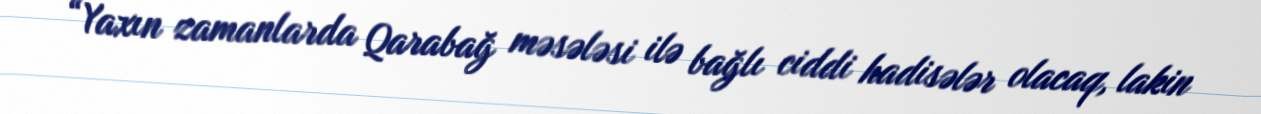
“Yaxın zamanlarda Qarabağ məsələsi ilə bağlı ciddi hadisələr olacaq, lakin